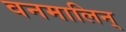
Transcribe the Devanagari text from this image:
वनमालिन्